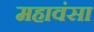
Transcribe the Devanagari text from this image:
महावंसा